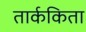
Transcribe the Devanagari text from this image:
तार्ककिता